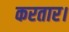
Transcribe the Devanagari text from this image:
करतार।